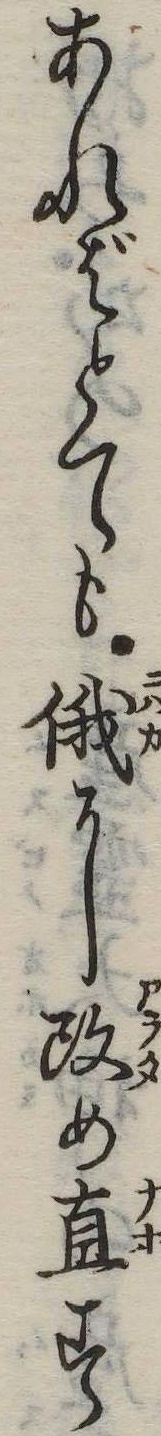
あればとても俄に改め直す